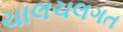
ચાલચલગત